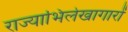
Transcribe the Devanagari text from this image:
राज्याभिलेखागारों